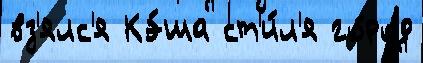
вз'ялс'я Кэ́ша ст'и́л'я го́род